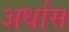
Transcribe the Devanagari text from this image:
अर्धास